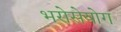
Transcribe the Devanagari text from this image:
भरोसेयोग